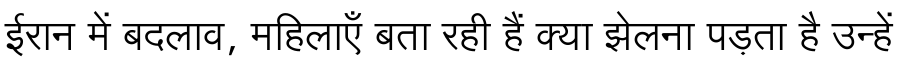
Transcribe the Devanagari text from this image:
ईरान में बदलाव, महिलाएँ बता रही हैं क्या झेलना पड़ता है उन्हें